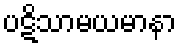
ပဋိသာမယမာနာ